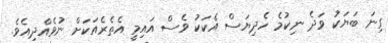
ގިނަ ބަޔަކު ވަދެ ނިކުމެ ހެދިޔަސް އެކަކު ވެސް އައިމީ އެތެރެއަކަށް ނުވެއްދިއެވެ.